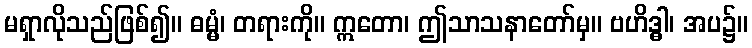
မရှာလိုသည်ဖြစ်၍။ ဓမ္မံ၊ တရားကို။ ဣတော၊ ဤသာသနာတော်မှ။ ဗဟိဒ္ဓါ၊ အပ၌။